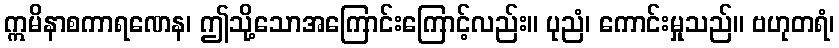
ဣမိနာစကာရဏေန၊ ဤသို့သောအကြောင်းကြောင့်လည်း။ ပုညံ၊ ကောင်းမှုသည်။ ဗဟုတရံ၊